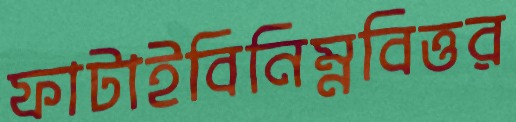
ফাটাইবিনিম্নবিত্তর